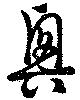
興